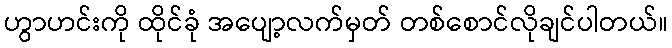
ဟွာဟင်းကို ထိုင်ခုံ အပျော့လက်မှတ် တစ်စောင်လိုချင်ပါတယ်။